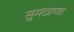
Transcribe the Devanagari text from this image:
सुमठाणा